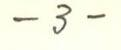
- 3 -